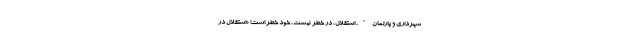
شهرداری و پارلمان". استقلال، در خطر نیست، خودِ خطر است! «استقلال در